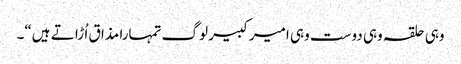
وہی حلقہ وہی دوست وہی امیر کبیر لوگ تمہارا مذا ق اُ ڑا تے ہیں“۔